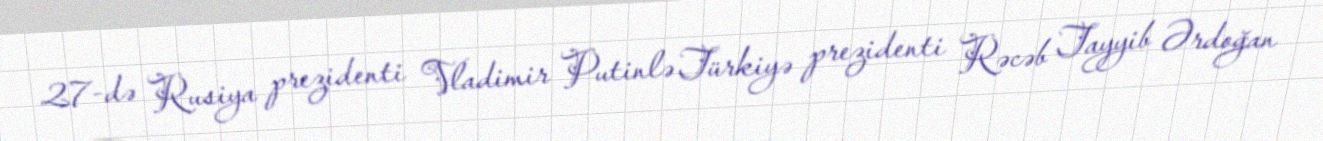
27-də Rusiya prezidenti Vladimir Putinlə Türkiyə prezidenti Rəcəb Tayyib Ərdoğan